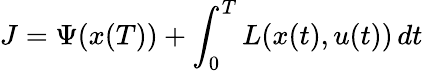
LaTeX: J=\Psi(x(T))+\int_{0}^{T}L(x(t),u(t))\, dt